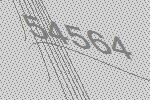
54564